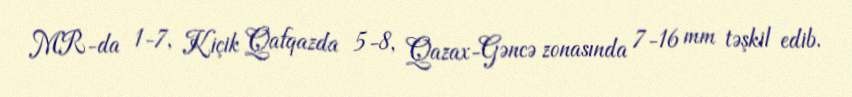
MR-da 1-7, Kiçik Qafqazda 5-8, Qazax-Gəncə zonasında 7-16 mm təşkil edib.